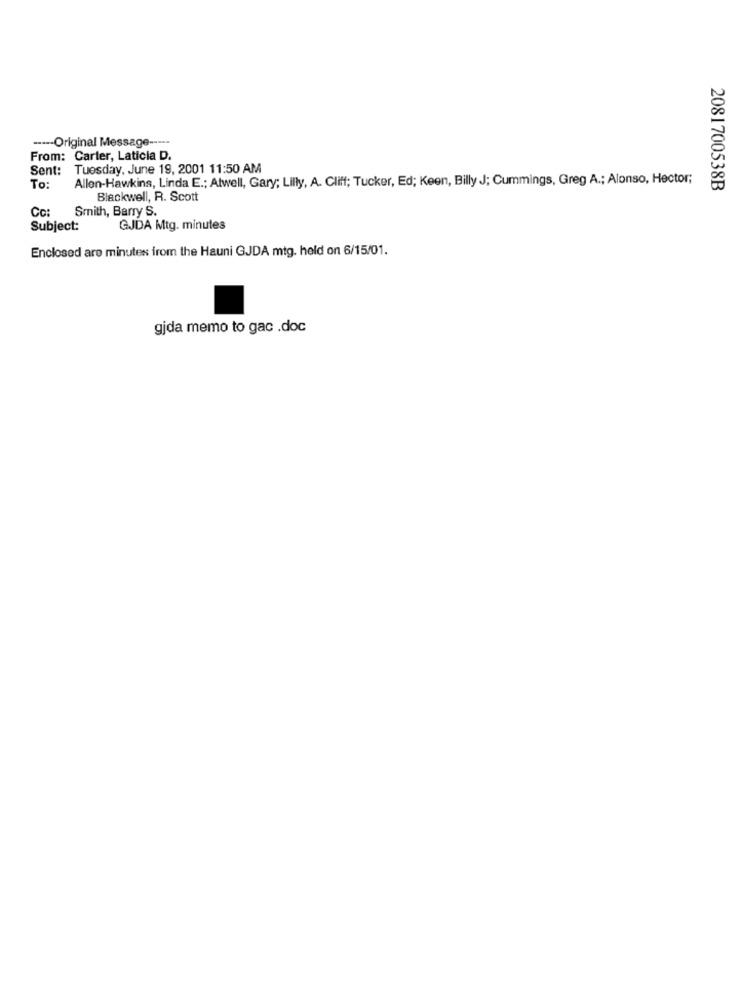
----- Original Message -----
From: Carter, Laticia D.
Sent: Tuesday, June 19, 2001 11:50 AM
Allen-Hawkins, Linda E .; Atwell, Gary; Lilly, A. Cliff; Tucker, Ed; Keen, Billy J; Cummings, Greg A .; Alonso, Hector;
To:
2081700538B
Blackwell, R. Scott
Cc: Smith, Barry S.
Subject:
GJDA Mtg. minutes
Enclosed are minutes from the Hauni GJDA mtg. held on 6/15/01.
gjda memo to gac .doc